Leaving Certificate Examination, 1920
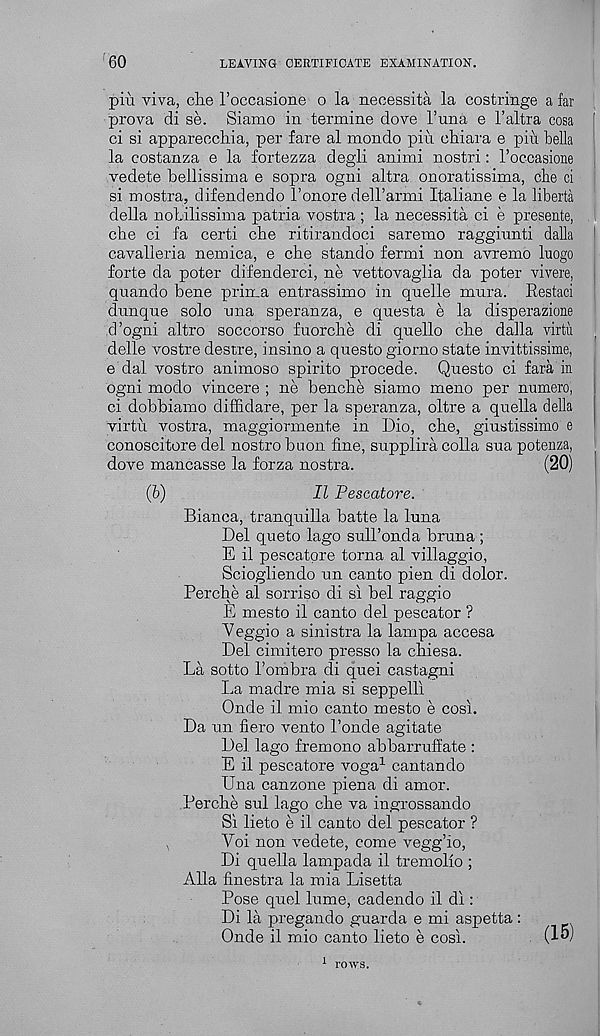
60
LEAVING CERTIFICATE EXAMINATION.
pin viva, die I’occasione o la necessita la costringe a far
prova di se. Siamo in termine dove Tuna e 1’altra cosa '
ci si appareocliia, per fare al mondo pin ehiara e piii bella
la costanza e la fortezza degli animi nostri: roccasione
vedete bellissima e sopra ogni altra onoratissima, eke ci
si mostra, difendendo 1’onore dell’anni Italiane e la liberta
della noLilissima patria vostra ; la necessita ci e presente,
eke ci fa certi che ritirandoci saremo raggiunti dalla
cavalleria nemica, e che stando fermi non avremo luogo
forte da poter difenderci, ne vettovaglia da poter vivere,
quando bene prima entrassimo in quelle mura. Restaci
dunque solo ana speranza, e questa e la disperazione
d’ogni altro soccorso fuorche di quello che dalla virtii |
delle vostre destre, insino a qnesto giorno state invittissime,
e dal vostro animoso spirito precede. Qnesto ci fara in
ogni modo vincere ; ne benche siamo meno per numero,
ci dobbiamo diffidare, per la speranza, oltre a quella della
virtu vostra, maggiormente in Dio, che, giustissimo e
conoscitore del nostro buon fine, supplira colla sna potenza,
dove mancasse la forza nostra.
(20)
(b)
II Pescatore.
Bianca, tranquilla batte la Inna
Del queto lago suU’onda bruna ;
E il pescatpre torna al villaggio,
Sciogliendo nn canto pien di dolor.
Perche al sorriso di si bel raggio
E mesto il canto del pescator ?
"Veggie a sinistra la lampa accesa
Del cimitero presso la chiesa.
La sotto Tom bra di quei castagni
La madre mia si seppelli
Onde il mio canto mesto e cosi.
Da un fiero vento 1’onde agitate
Del lago fremono abbarruffate :
E il pescatore voga 1 cantando
Una canzone plena di amor.
Perche sul lago che va ingrossando
Si lieto e il canto del pescator ?
Yoi non vedete, come vegg’io,
Di quella lampada il tremolio ;
Alla finestra la mia Lisetta
Pose quel lume, cadendo il di:
Di la pregando guarda e mi aspetta:
Onde il mio canto lieto e cosi.
(1^)
1 rows.